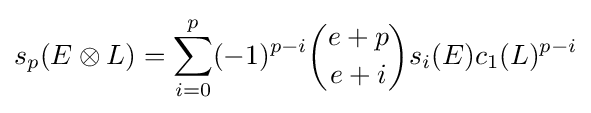
s_{p}(E\otimes L)=\sum _{i=0}^{p}(-1)^{p-i}{\binom {e+p}{e+i}}s_{i}(E)c_{1}(L)^{p-i}